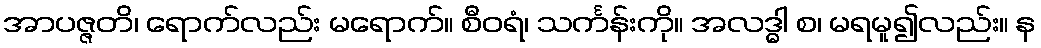
အာပဇ္ဇတိ၊ ရောက်လည်း မရောက်။ စီဝရံ၊ သင်္ကန်းကို။ အလဒ္ဓါ စ၊ မရမူ၍လည်း။ န